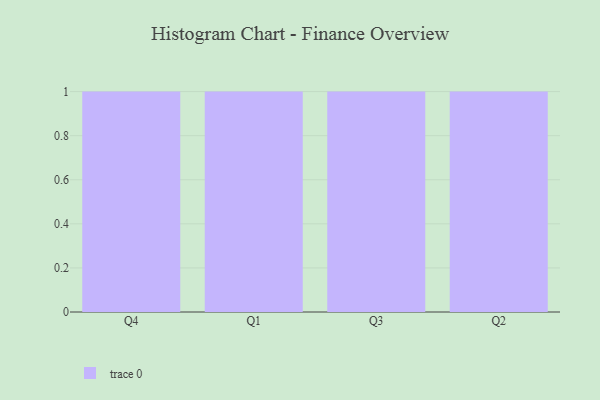
{"axis": {"x": "Quarter", "y": "Production Output"}, "legend": [""], "data": [{"x": "Q4", "y": 79, "type": ""}, {"x": "Q1", "y": 59, "type": ""}, {"x": "Q3", "y": 4, "type": ""}, {"x": "Q2", "y": 87, "type": ""}]}